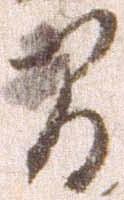
間